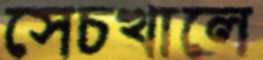
সেচখালে